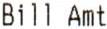
BILL AMT